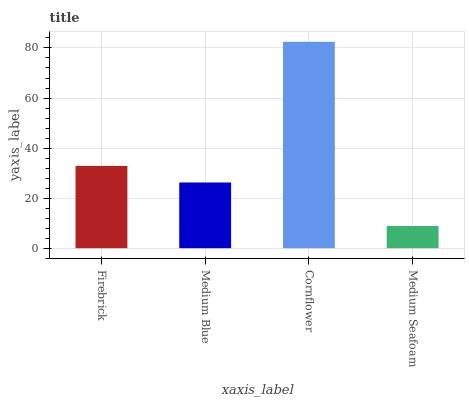
| xaxis_label | bars |
 | --- | --- |
 | Firebrick | 32.9 |
 | Medium Blue | 26.3 |
 | Cornflower | 82.5 |
 | Medium Seafoam | 8.88 |